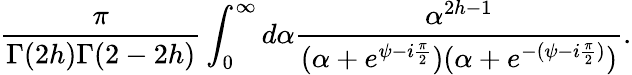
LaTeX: \frac{\pi}{\Gamma(2h)\Gamma(2-2h)}\int_{0}^{\infty}d\alpha\frac{\alpha^{2h-1}}{(\alpha+e^{\psi-i\frac{\pi}{2}})(\alpha+e^{-(\psi-i\frac{\pi}{2})})}.